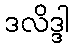
ဒလိဒ္ဒါ